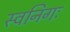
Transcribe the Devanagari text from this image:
स्वनिगः